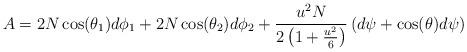
LaTeX: \begin{align*}A=2N\cos (\theta _{1})d\phi _{1}+2N\cos (\theta _{2})d\phi _{2}+\frac{u^{2}N}{2\left( 1+\frac{u^{2}}{6}\right) }\left( d\psi +\cos (\theta )d\psi \right)\end{align*}